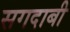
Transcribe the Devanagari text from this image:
सगदाबी